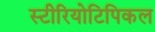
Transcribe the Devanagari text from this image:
स्टीरियोटिपिकल